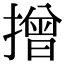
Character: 𢴣